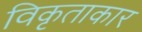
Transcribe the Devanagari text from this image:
विकृताकार